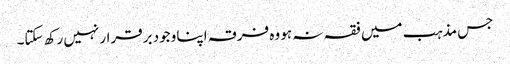
جس مذہب میں فقہ نہ ہو وہ فرقہ اپنا وجود برقرار نہیں رکھ سکتا۔